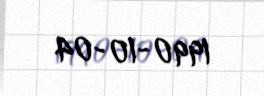
1990-10-04